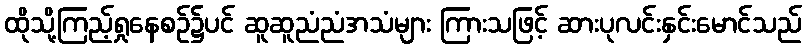
ထိုသို့ကြည့်ရှုနေစဉ်၌ပင် ဆူဆူညံညံအသံများ ကြားသဖြင့် ဆားပုလင်းနှင်းမောင်သည်